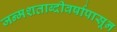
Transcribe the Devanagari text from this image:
जन्मशताब्दीवर्षापासून